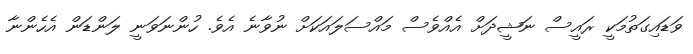
ވަޑައިގަތުމަކީ ރައީސް ނަޝީދަށް އެއްވެސް މައްސަލައަކަށް ނުވާނެ އެވެ. ހުންނަވަނީ ލަންޑަން އެހެންނާ